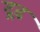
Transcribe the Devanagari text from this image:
द्रढ़